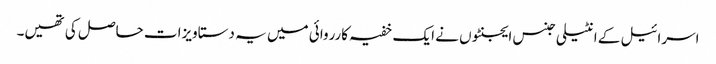
اسرائیل کے انٹیلی جنس ایجنٹوں نے ایک خفیہ کارروائی میں یہ دستاویزات حاصل کی تھیں۔